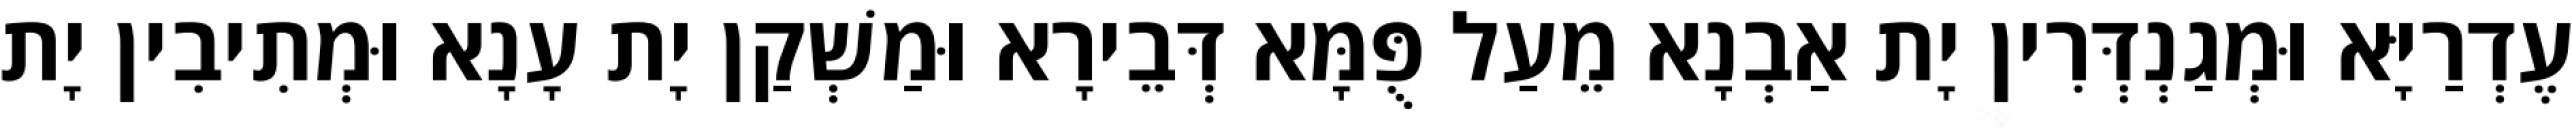
עֶדְרַיָּא וּמְגַנְדְּרִין יָת אַבְנָא מֵעַל פֻּמָּא דְּבֵירָא וּמַשְׁקַן יָת עָנָא וּמְתִיבִין יָת